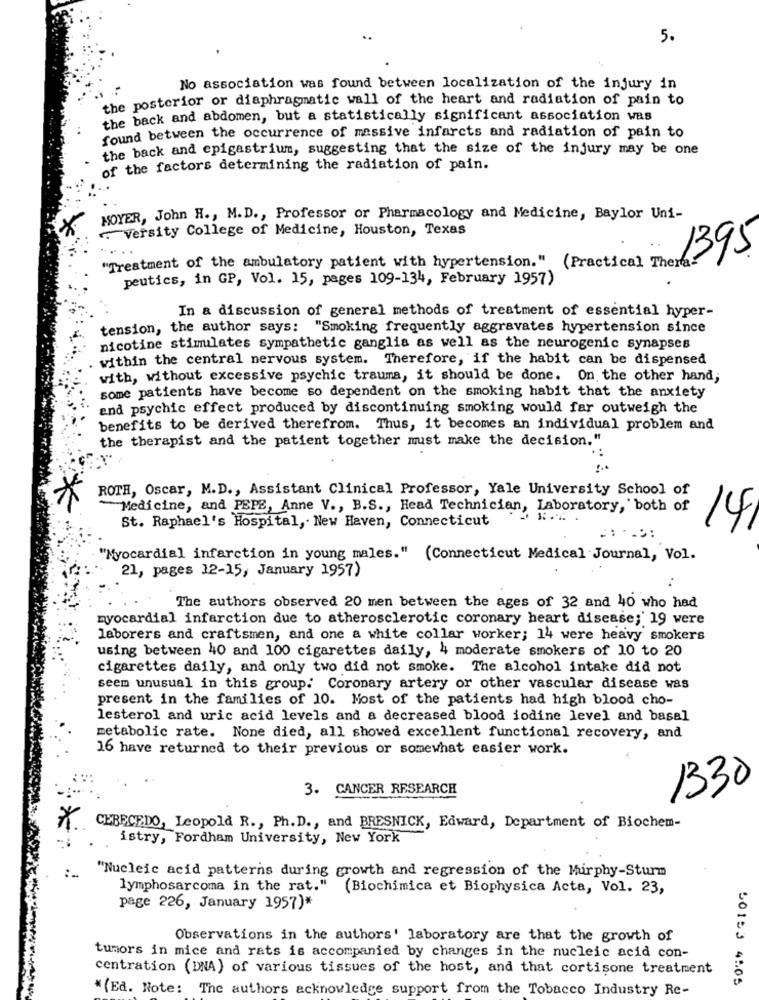
5.
No association was found between localization of the injury in
the posterior or diaphragmatic wall of the heart and radiation of pain to
the back and abdomen, but a statistically significant association was
found between the occurrence of massive infarcts and radiation of pain to
the back and epigastrium, suggesting that the size of the injury may be one
of the factors determining the radiation of pain.
NOYER, John H ., M. D ., Professor or Pharmacology and Medicine, Baylor Uni-
. Versity College of Medicine, Houston, Texas
1395
"Treatment of the ambulatory patient with hypertension." (Practical Thera-
peutics, in GP, Vol. 15, pages 109-134, February 1957)
In a discussion of general methods of treatment of essential hyper-
tension, the author says: "Smoking frequently aggravates hypertension since
nicotine stimulates sympathetic ganglia as well as the neurogenic synapses
within the central nervous system. Therefore, if the habit can be dispensed
with, without excessive psychic trauma, it should be done. On the other hand;
some patients have become so dependent on the smoking habit that the anxiety
and psychic effect produced by discontinuing smoking would far outweigh the
benefits to be derived therefrom. Thus, it becomes an individual problem and
the therapist and the patient together must make the decision."
ROTH, Oscar, M.D ., Assistant Clinical Professor, Yale University School of
-Medicine, and PEPE, Anne V ., B.S ., Head Technician, Laboratory, both of
St. Raphael's Hospital, New Haven, Connecticut
14
..:
"Myocardial infarction in young males." (Connecticut Medical Journal, Vol.
21, pages 12-15, January 1957)
The authors observed 20 men between the ages of 32 and 40 who had
myocardial infarction due to atherosclerotic coronary heart disease; 19 were
laborers and craftsmen, and one a white collar worker; 14 were heavy smokers
using between 40 and 100 cigarettes daily, 4 moderate smokers of 10 to 20
cigarettes daily, and only two did not smoke. The alcohol intake did not
seem unusual in this group. Coronary artery or other vascular disease was
present in the families of 10. Most of the patients had high blood cho-
lesterol and uric acid levels and a decreased blood iodine level and basal
metabolic rate. None died, all showed excellent functional recovery, and
16 have returned to their previous or somewhat easier work.
3. CANCER RESEARCH
1330
*
CERECEDO, Leopold R ., Ph.D ., and BRESNICK, Edward, Department of Biochem-
istry, Fordham University, New York
"Nucleic acid patterns during growth and regression of the Mirphy-Sturm
lymphosarcoma in the rat."
(Biochimica et Biophysica Acta, Vol. 23,
page 226, January 1957)*
Observations in the authors' laboratory are that the growth of
tumors in mice and rats is accompanied by changes in the nucleic acid con-
centration (DNA) of various tissues of the host, and that cortisone treatment
*(Ed. Note: The authors acknowledge support from the Tobacco Industry Re-
50153 4505